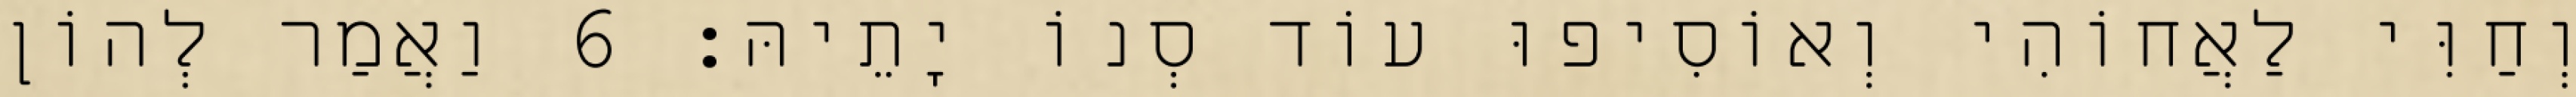
וְחַוִּי לַאֲחוֹהִי וְאוֹסִיפוּ עוֹד סְנוֹ יָתֵיהּ׃ 6 וַאֲמַר לְהוֹן